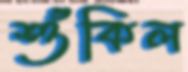
শুঁকিল